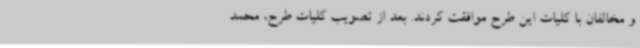
و مخالفان با کلیات این طرح موافقت کردند. بعد از تصویب کلیات طرح، محمد